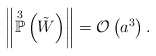
\begin{align*}\left\Vert \overset{3}{\mathbb{P}}\left( \tilde{W} \right) \right\Vert = \mathcal{O}\left( a^{3} \right). \end{align*}